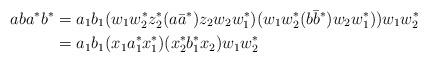
LaTeX: \begin{align*} aba^*b^*&=a_1b_1(w_1w_2^*z_2^*(a{\bar a}^*)z_2w_2w_1^*)(w_1w_2^*(b{\bar b}^*)w_2w_1^*))w_1w_2^*\\ &=a_1b_1(x_1a^*_1x_1^*)(x_2^*b^*_1x_2) w_1w_2^* \end{align*}